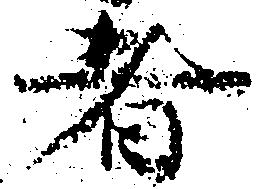
者